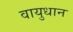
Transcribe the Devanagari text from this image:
वायुधान